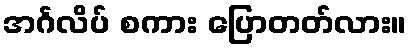
အင်္ဂလိပ် စကား ပြောတတ်လား။